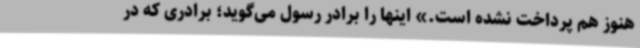
هنوز هم پرداخت نشده است.» اینها را برادر رسول می‌گوید؛ برادری که در